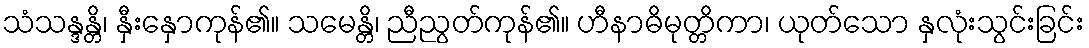
သံသန္ဒန္တိ၊ နှီးနှောကုန်၏။ သမေန္တိ၊ ညီညွတ်ကုန်၏။ ဟီနာဓိမုတ္တိကာ၊ ယုတ်သော နှလုံးသွင်းခြင်း